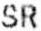
SR